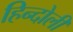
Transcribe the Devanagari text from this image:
हिन्दोली